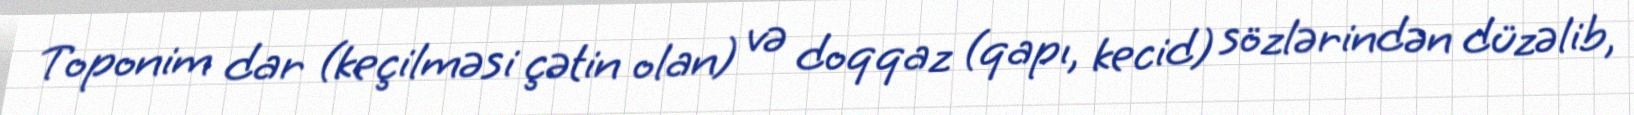
Toponim dar (keçilməsi çətin olan) və doqqaz (qapı, kecid) sözlərindən düzəlib,